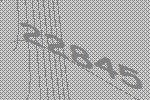
22845